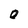
Character: O